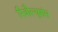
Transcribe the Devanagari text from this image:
रिवौल्युशंस